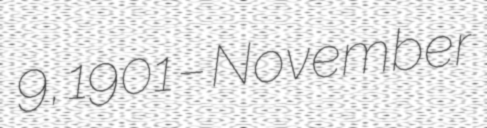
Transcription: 9, 1901 – November